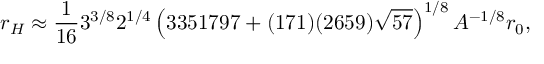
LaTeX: r _ { H } \approx \frac { 1 } { 1 6 } 3 ^ { 3 / 8 } 2 ^ { 1 / 4 } \left( 3 3 5 1 7 9 7 + ( 1 7 1 ) ( 2 6 5 9 ) \sqrt { 5 7 } \right) ^ { 1 / 8 } A ^ { - 1 / 8 } r _ { 0 } ,